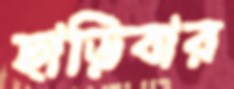
ছাড়িবার